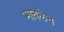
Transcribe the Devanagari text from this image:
भावलेच